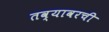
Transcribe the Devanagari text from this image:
तव्यावरची